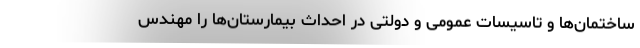
ساختمان‌ها و تاسیسات عمومی و دولتی در احداث بیمارستان‌ها را مهندس